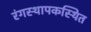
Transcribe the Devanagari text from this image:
रंगस्थापकस्थित